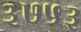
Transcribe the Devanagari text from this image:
३७५३